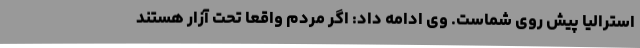
استرالیا پیش روی شماست. وی ادامه داد: اگر مردم واقعاً تحت آزار هستند